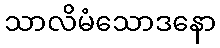
သာလိမံသောဒနော